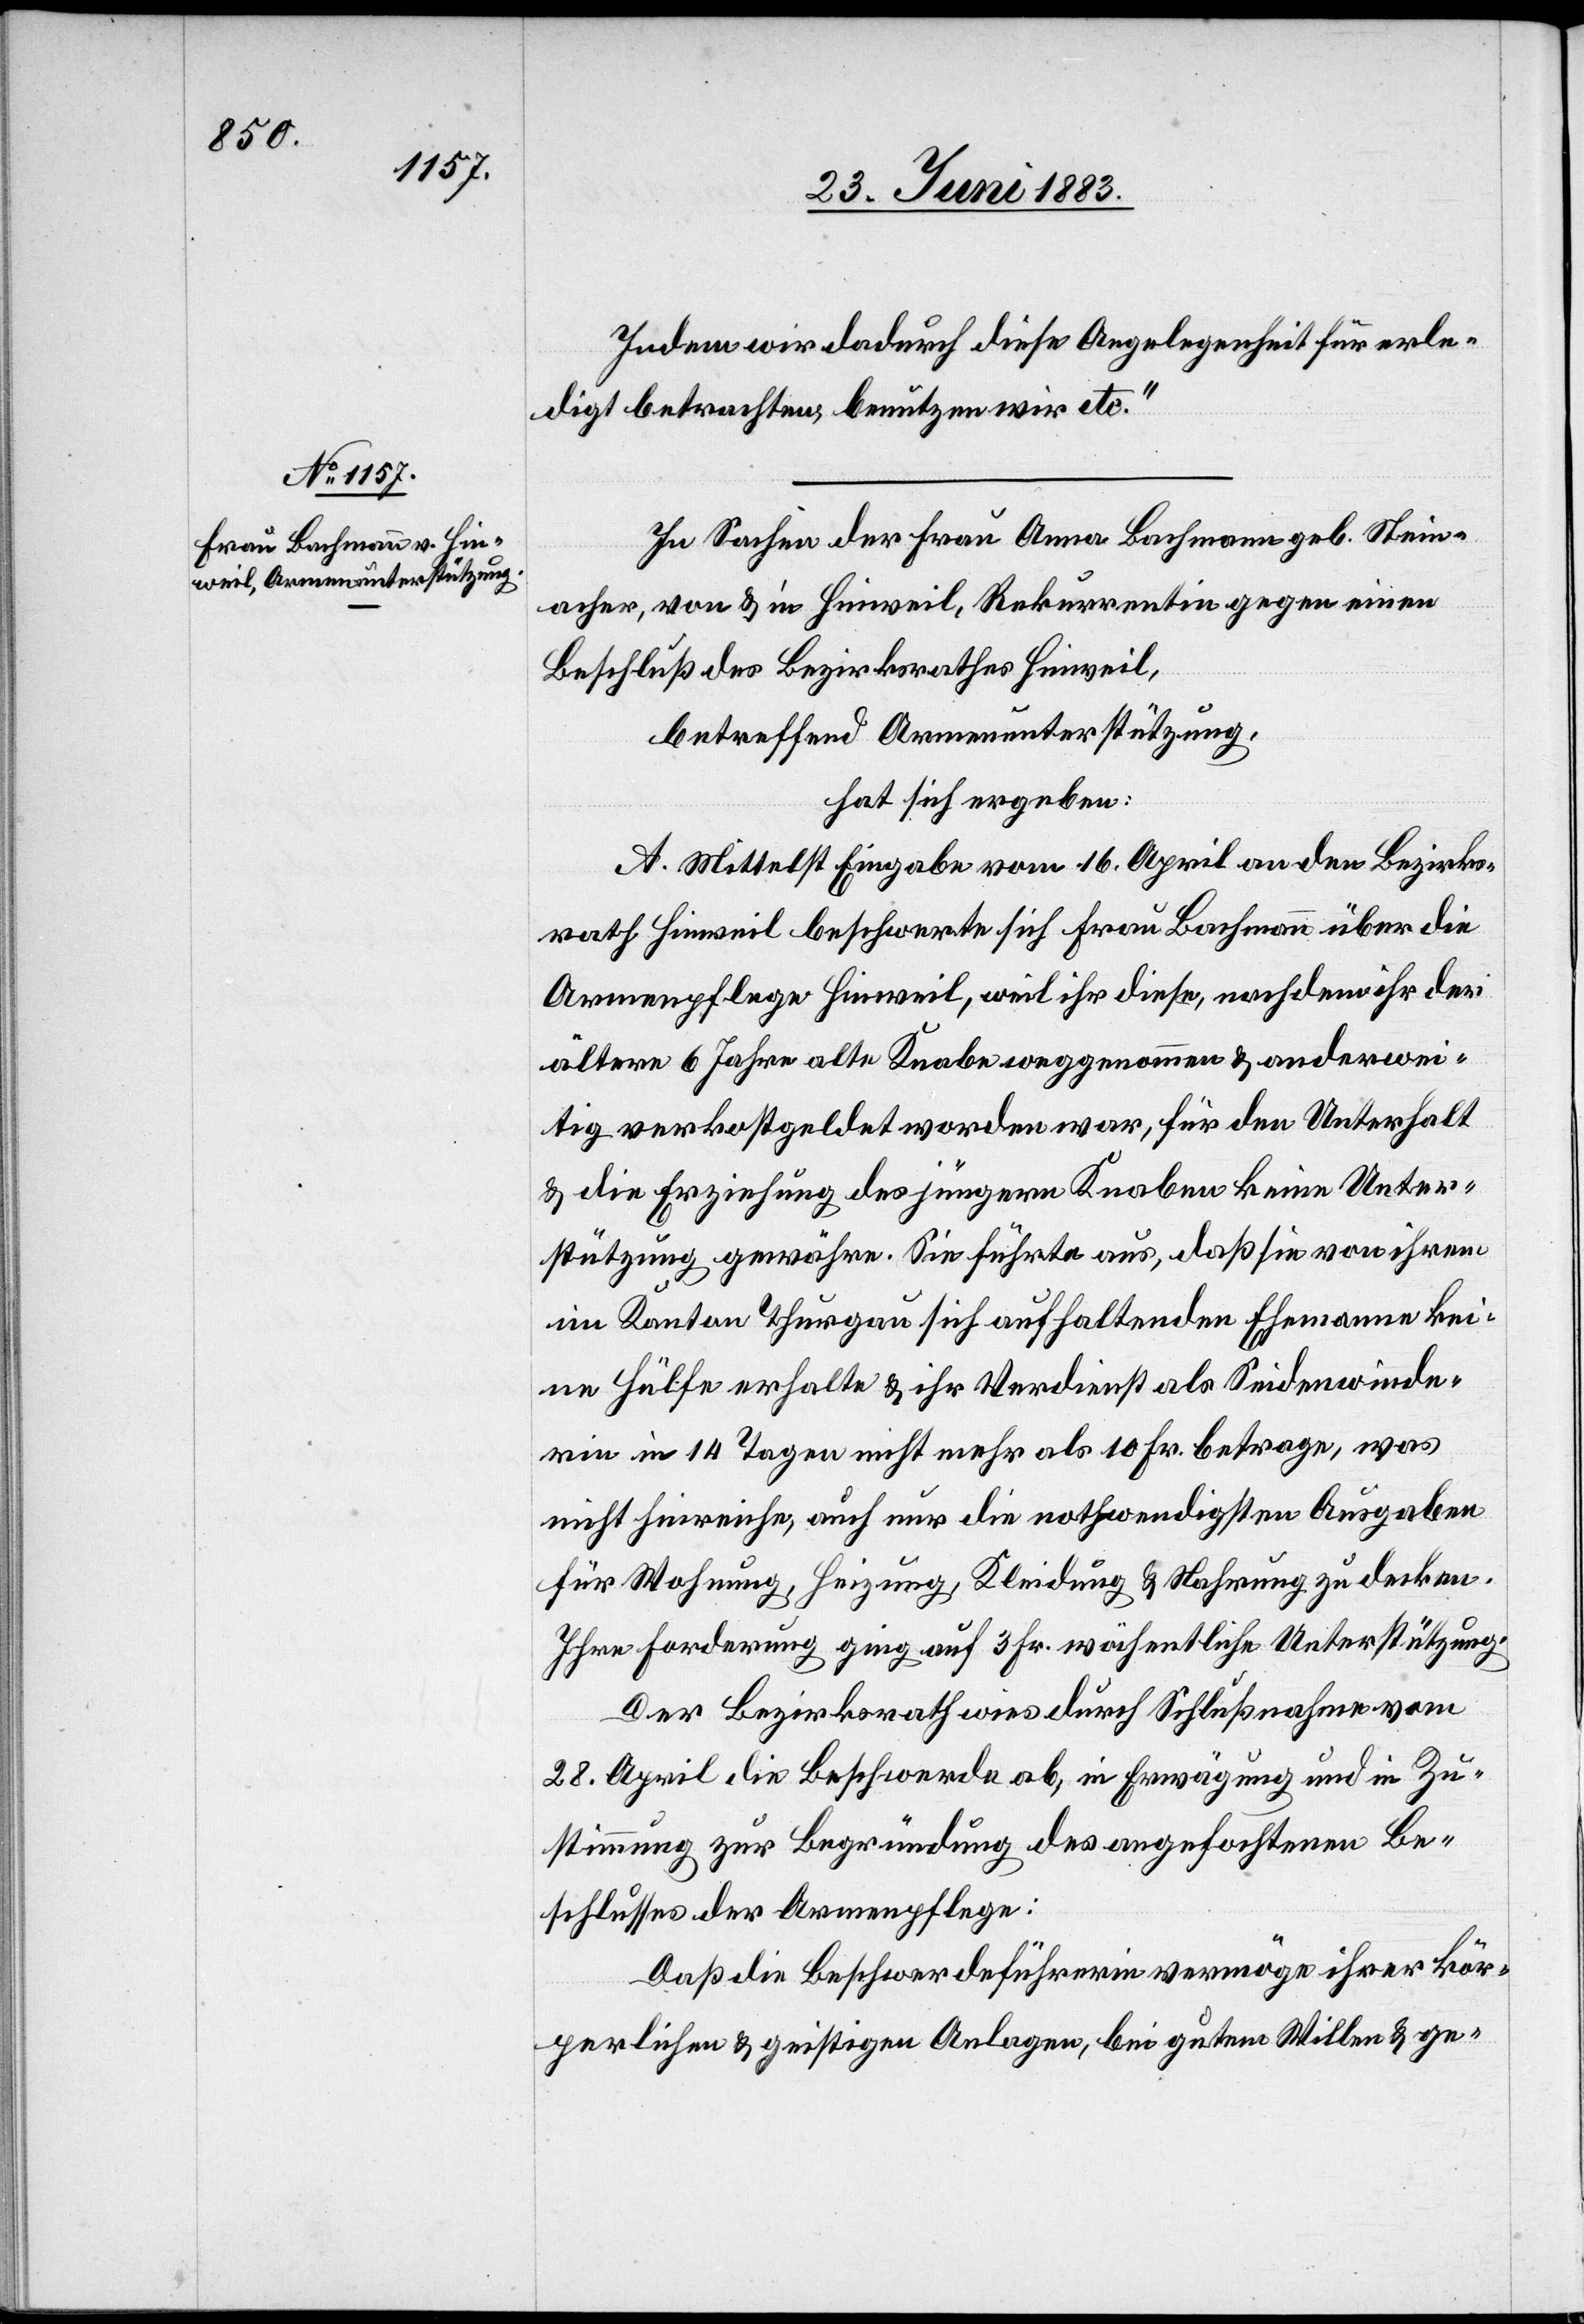
Indem wir dadurch diese Angelegenheit für erle¬
digt betrachten, benutzen wir etc.“
In Sachen der Frau Anna Bachmann geb. Stein¬
acher, von & in Hinweil, Rekurrentin gegen einen
Beschluß des Bezirksrathes Hinweil
betreffend Armenunterstützung,
hat sich ergeben:
A. Mittelst Eingabe vom 16. April an den Bezirks¬
rath Hinweil beschwerte sich Frau Bachmann über die
Armenpflege Hinweil, weil ihr diese, nachdem ihr der
ältere 6 Jahre alte Knabe weggenommen & anderwei¬
tig verkostgeldet worden war, für den Unterhalt
& die Erziehung des jüngern Knaben keine Unter¬
stützung gewähre. Sie führte aus, daß sie von ihrem
im Kanton Thurgau sich aufhaltenden Ehemann kei¬
ne Hülfe erhalte & ihr Verdienst als Seidenwinde¬
rin in 14 Tagen nicht mehr als 10 Fr. betrage, was
nicht hinreiche, auch nur die nothwendigsten Ausgaben
für Wohnung, Heizung, Kleidung & Nahrung zu decken.
Ihre Forderung ging auf 3 Fr. wöchentliche Unterstützung.
Der Bezirksrath wies durch Schlußnahme vom
28. April die Beschwerde ab, in Erwägung und in Zu¬
stimmung zur Begründung des angefochtenen Be¬
schlusses der Armenpflege:
Daß die Beschwerdeführerin vermöge ihrer kör¬
perlichen & geistigen Anlagen, bei gutem Willen & ge-